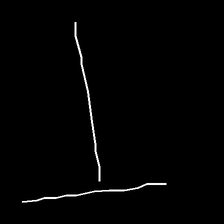
Glyph: column